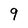
Character: 9